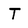
Character: T